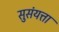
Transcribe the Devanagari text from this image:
सुसंयत्ता